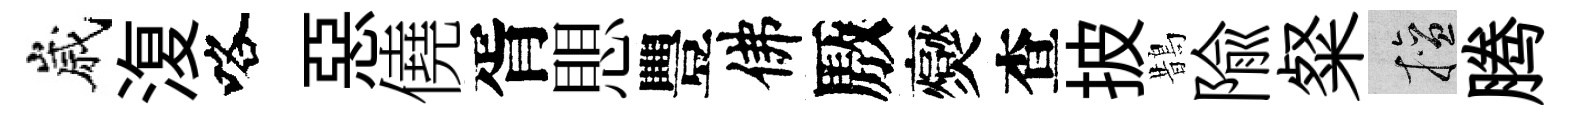
嵗𣸪咯惡僥胥愳豐佛厫爕查披鵲隃粲擅腾